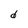
Character: d